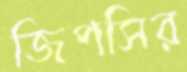
জিপসির